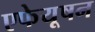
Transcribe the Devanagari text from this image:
एफेयूषन